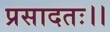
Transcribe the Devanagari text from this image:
प्रसादतः।।